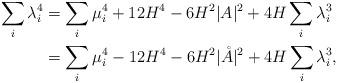
LaTeX: \begin{align*}\sum_i \lambda_i^4 &= \sum_i\mu_i^4 +12H^4 -6H^2\vert A\vert^2 +4H\sum_i\lambda_i^3\\&= \sum_i\mu_i^4 -12H^4 -6H^2\vert \mathring{A}\vert^2 +4H\sum_i\lambda_i^3,\end{align*}